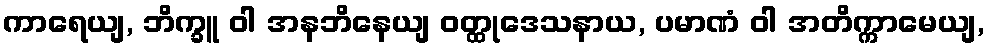
ကာရေယျ, ဘိက္ခူ ဝါ အနဘိနေယျ ဝတ္ထုဒေသနာယ, ပမာဏံ ဝါ အတိက္ကာမေယျ,